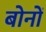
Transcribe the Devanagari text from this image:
बोनों